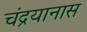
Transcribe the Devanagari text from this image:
चंद्रयानास